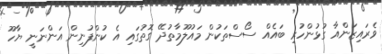
ވެރައިޒަންއާ ގުޅުންހުރި ބައެއް ސޯސްތަކުން މައުލޫމާތުދޭ ގޮތުގައި އެ ކުންފުނިން އަންނަނީ ޔާހޫ